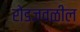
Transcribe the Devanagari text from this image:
रोडजवळील